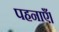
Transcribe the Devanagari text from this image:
पहनाएँ।